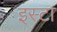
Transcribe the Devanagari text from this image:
इस्टा